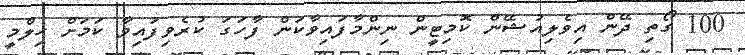
100 ގޯތި ދޭން އިވެލިއުޝޭން ކޮމިޓީން ނިންމާފައިވާކަން ފާހަގަ ކުރެވިފައިވާ ކަމަށް ހިލްމީ